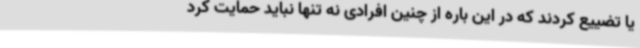
یا تضییع کردند که در این باره از چنین افرادی نه تنها نباید حمایت کرد